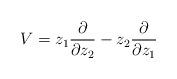
LaTeX: \begin{align*}V=z_1\frac{\partial}{\partial z_2}-z_2\frac{\partial}{\partial z_1}\end{align*}